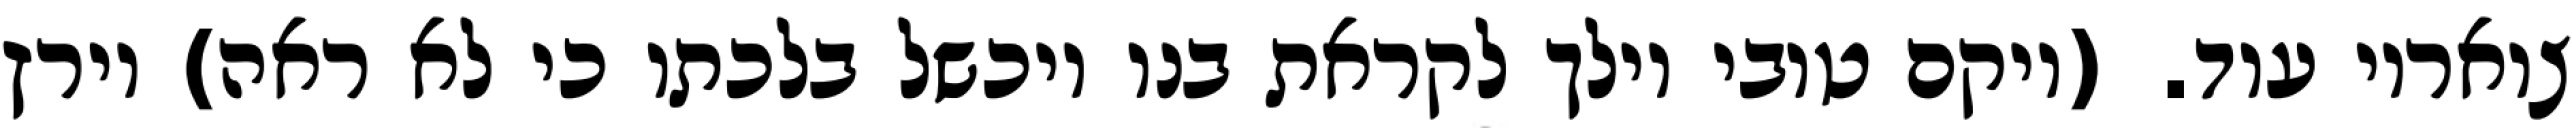
צואריו עוד. (ויקם טובי וילך לקראת בנו ויכשל בלכתו כי לא ראה) וירץ